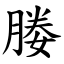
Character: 媵